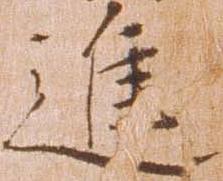
進